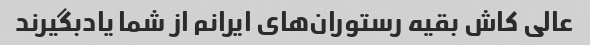
عالی کاش بقیه رستوران‌های ایرانم از شما یادبگیرند